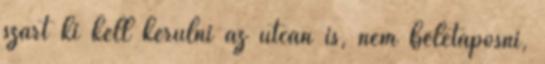
szart ki kell kerülni az utcán is, nem beletaposni,